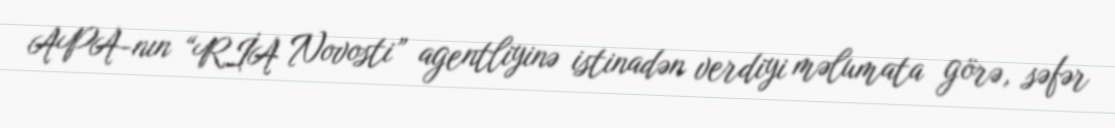
APA-nın “RİA Novosti” agentliyinə istinadən verdiyi məlumata görə, səfər